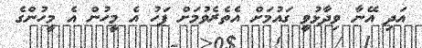
އަދި އޭނާ ވިދާޅުވީ ގައުމަށް އެތެރެވުމަށް ފަހު އެ މީހުން އެ މީހުންގެ